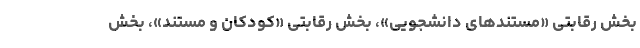
بخش رقابتی «مستندهای دانشجویی»، بخش رقابتی «کودکان و مستند»، بخش